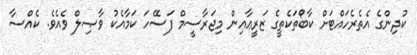
ކުދިންގެ އެތެރެހައްޓަށް ކާބޯތަކެތީގެ ޒަރީޢާއިން މިޖަރާސީމް ފަސޭހަ ކަމާއެކު ވާޞިލް ވެއެވެ. ކެއްސާ